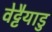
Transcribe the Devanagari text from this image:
वेट्टैयाडु